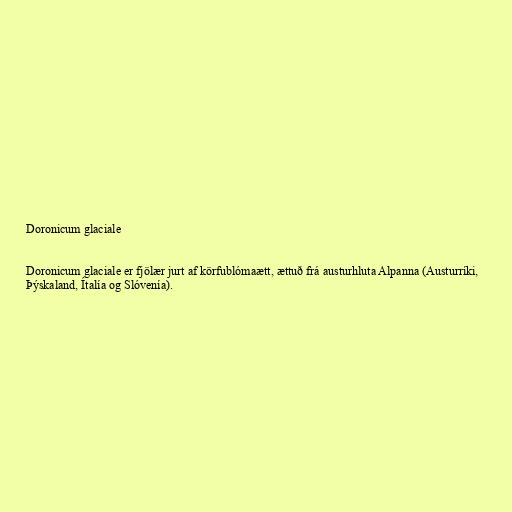
Doronicum glaciale

Doronicum glaciale er fjölær jurt af körfublómaætt, ættuð frá austurhluta Alpanna (Austurríki,
Þýskaland, Ítalía og Slóvenía).